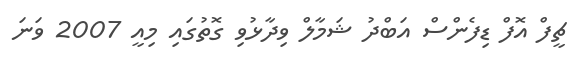
ޗީފް އޮފް ޑިފެންސް އަބްދު ޝަމާލް ވިދާޅުވި ގޮތުގައި މިއީ 2007 ވަނަ